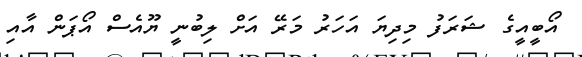
އޯބީއީގެ ޝަރަފު މިދިޔަ އަހަރު މަރޭ އަށް ލިބުނީ ޔޫއެސް އޯޕަން އާއި